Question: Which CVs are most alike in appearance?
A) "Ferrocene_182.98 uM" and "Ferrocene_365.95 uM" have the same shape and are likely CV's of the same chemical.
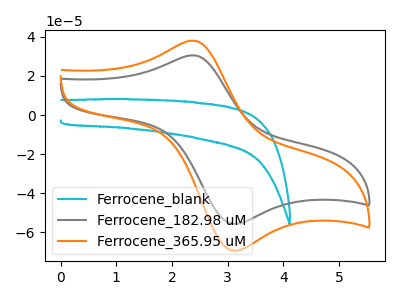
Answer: <think>The cyan curve "Ferrocene_blank" has no peaks. The gray curve "Ferrocene_182.98 uM" has an anodic peak at (2.40V, 30.55uA) and a cathodic peak at (3.10V, -55.75uA). The orange curve "Ferrocene_365.95 uM" has an anodic peak at (2.40V, 38.10uA) and a cathodic peak at (3.10V, -69.50uA).
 "Ferrocene_blank" and "Ferrocene_182.98 uM" have a different number of peaks. "Ferrocene_blank" and "Ferrocene_365.95 uM" have a different number of peaks. All the peaks in "Ferrocene_182.98 uM" have a peak in "Ferrocene_365.95 uM" at the same potential. Every peak in "Ferrocene_182.98 uM" is lower than every peak in "Ferrocene_365.95 uM".</think>
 <answer>A) "Ferrocene_182.98 uM" and "Ferrocene_365.95 uM" have the same shape and are likely CV's of the same chemical.</answer>
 <eval>A</eval>